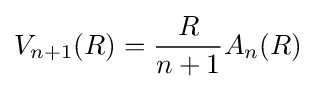
V_{n+1}(R)={\frac {R}{n+1}}A_{n}(R)